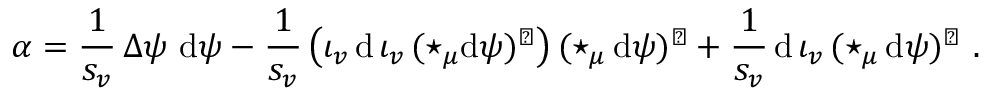
\alpha = \frac 1 { s _ { v } } \, \Delta \psi \ \mathrm { d } \psi - \frac 1 { s _ { v } } \, \big ( \iota _ { v } \, \mathrm { d } \, \iota _ { v } \, ( \star _ { \mu } \mathrm { d } \psi ) ^ { \flat } \big ) \, ( \star _ { \mu } \, \mathrm { d } \psi ) ^ { \flat } + \frac 1 { s _ { v } } \, \mathrm { d } \, \iota _ { v } \, ( \star _ { \mu } \, \mathrm { d } \psi ) ^ { \flat } \ .